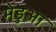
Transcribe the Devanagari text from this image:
मेडुआ